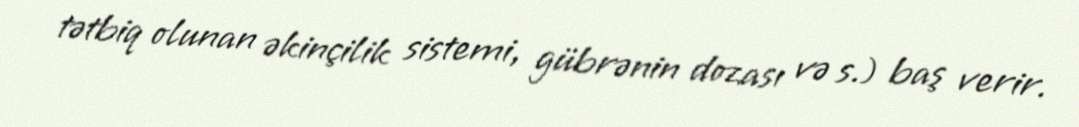
tətbiq olunan əkinçilik sistemi, gübrənin dozası və s.) baş verir.